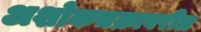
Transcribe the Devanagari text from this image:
अशोकचक्रावरील